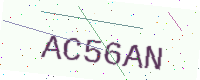
Text: AC56AN